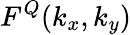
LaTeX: F^{Q}(k_{x},k_{y})